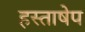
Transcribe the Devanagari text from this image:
हस्ताषेप